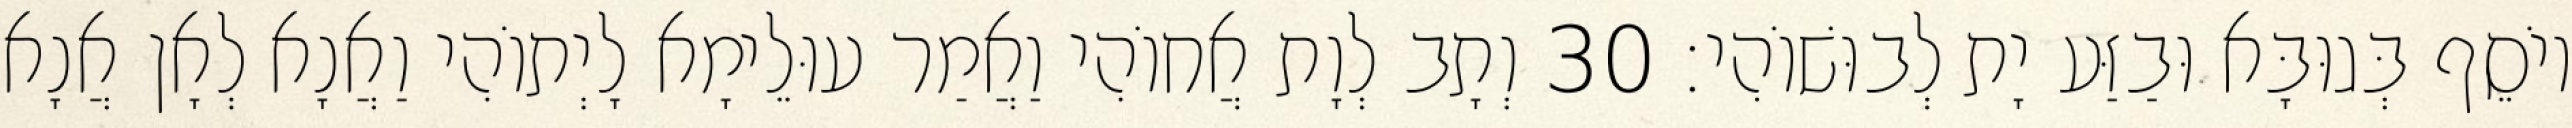
יוֹסֵף בְּגוּבָּא וּבַזַּע יָת לְבוּשׁוֹהִי׃ 30 וְתָב לְוָת אֲחוֹהִי וַאֲמַר עוּלֵימָא לָיְתוֹהִי וַאֲנָא לְאָן אֲנָא